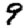
Digit: 9